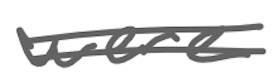
Text: were
Cross-out: double-line
Writing tool: digital_gray